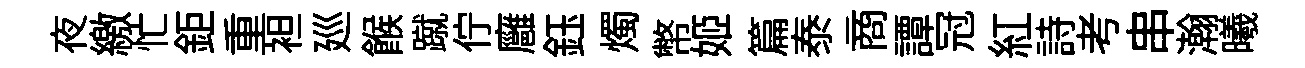
夜繳忙鉅重袒廵餱蹴佇廱鈺燭幣姬篇泰商譚冠紅詩考串瀚曦